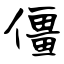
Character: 僵